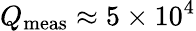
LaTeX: Q_{\textrm{meas}}\approx 5\times 10^{4}